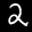
Label: 2